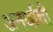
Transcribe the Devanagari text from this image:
अनर्थाची